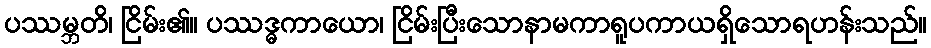
ပဿမ္ဘတိ၊ ငြိမ်း၏။ ပဿဒ္ဓကာယော၊ ငြိမ်းပြီးသောနာမကာရူပကာယရှိသောရဟန်းသည်။